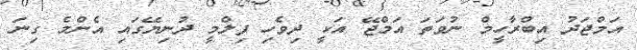
އަމްޖަދު އިބްރާހީމް ނުވަތަ އަމްޖޭ އަކީ ދިވެހި ފިލްމީ ދުނިޔޭގައި އެންމެ ގިނަ